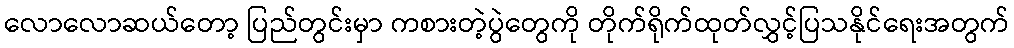
လောလောဆယ်တော့ ပြည်တွင်းမှာ ကစားတဲ့ပွဲတွေကို တိုက်ရိုက်ထုတ်လွှင့်ပြသနိုင်ရေးအတွက်